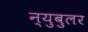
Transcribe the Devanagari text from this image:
न्‍युबुलर